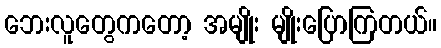
ဘေးလူတွေကတော့ အမျိုး မျိုးပြောကြတယ်။